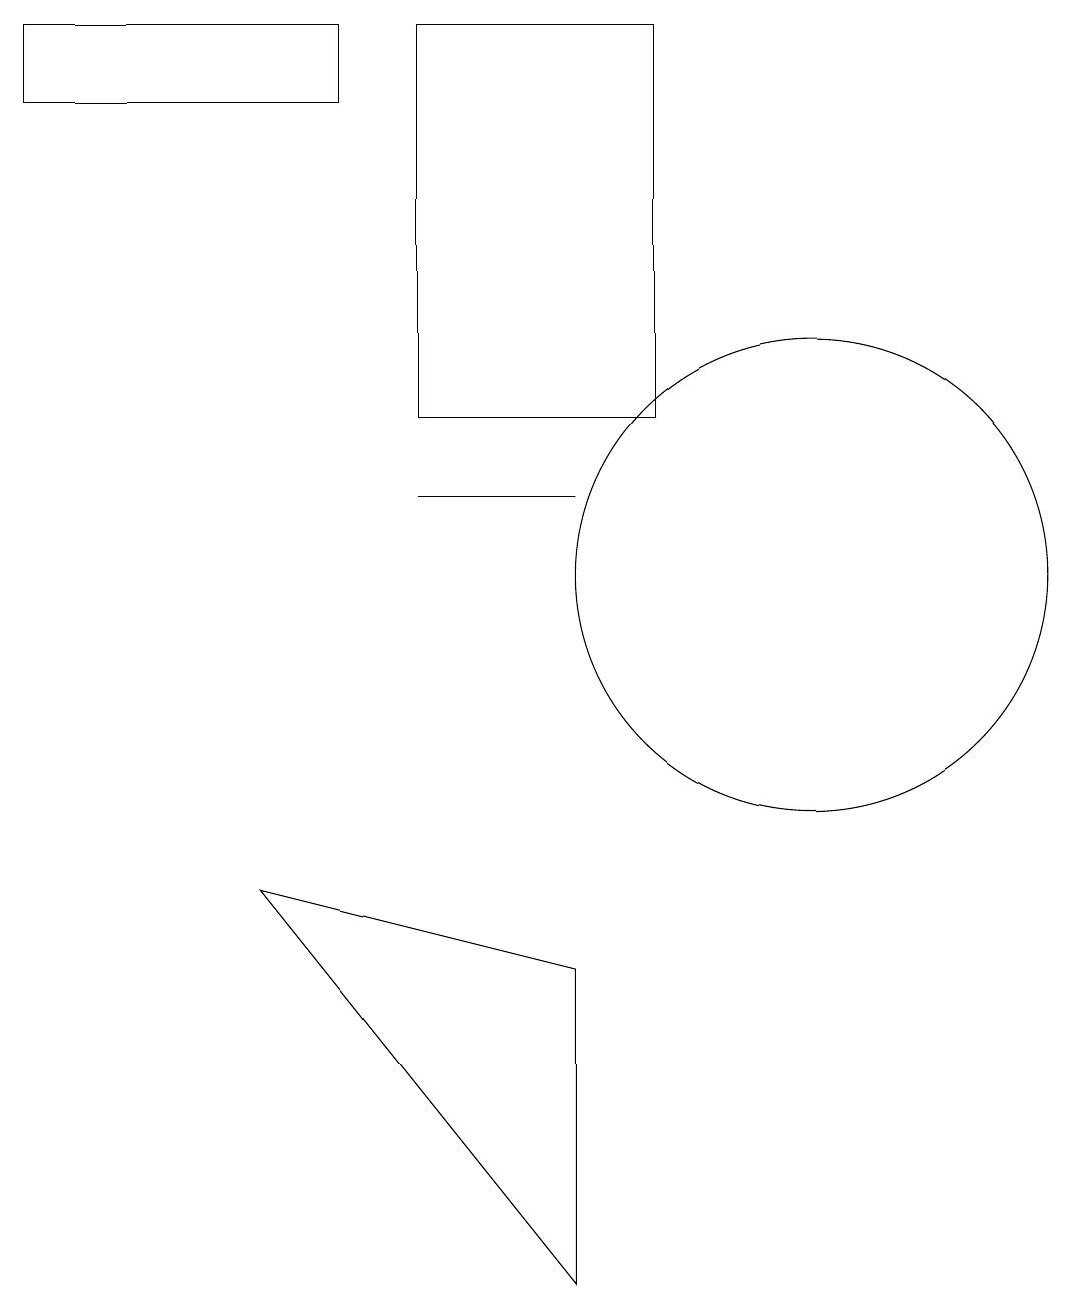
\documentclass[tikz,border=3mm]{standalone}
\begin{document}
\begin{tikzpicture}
\draw (4,17) rectangle (0,16);
\draw (5,11) rectangle (7,11);
\draw (10,10) circle (3);
\draw (8,12) rectangle (5,17);
\draw (7,1) -- (3,6) -- (7,5) -- cycle;
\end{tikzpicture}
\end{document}